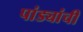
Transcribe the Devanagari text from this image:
पांड्यांची